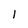
Character: 1